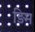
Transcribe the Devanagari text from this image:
ड़िम